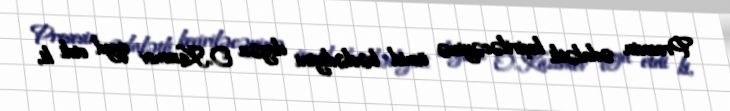
Prosesin ədalətli keçiriləcəyinə ümid bəslədiyini deyən O.Kazımov qeyd etdi ki,